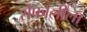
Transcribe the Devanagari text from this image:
शेफालीला